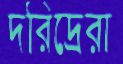
দরিদ্রেরা